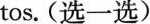
tos. (选一选)